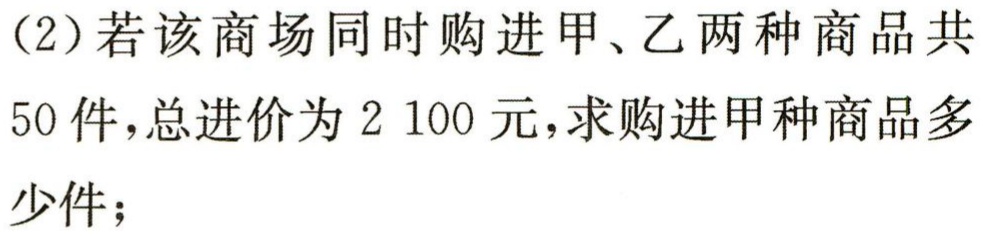
（2）若该商场同时购进甲、乙两种商品共
50 件，总进价为 2 100 元，求购进甲种商品多
少件；